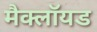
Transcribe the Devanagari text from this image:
मैक्लॉयड